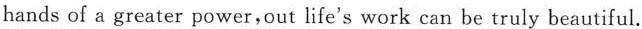
hands of a greater power，out life's work can be truly beautiful.